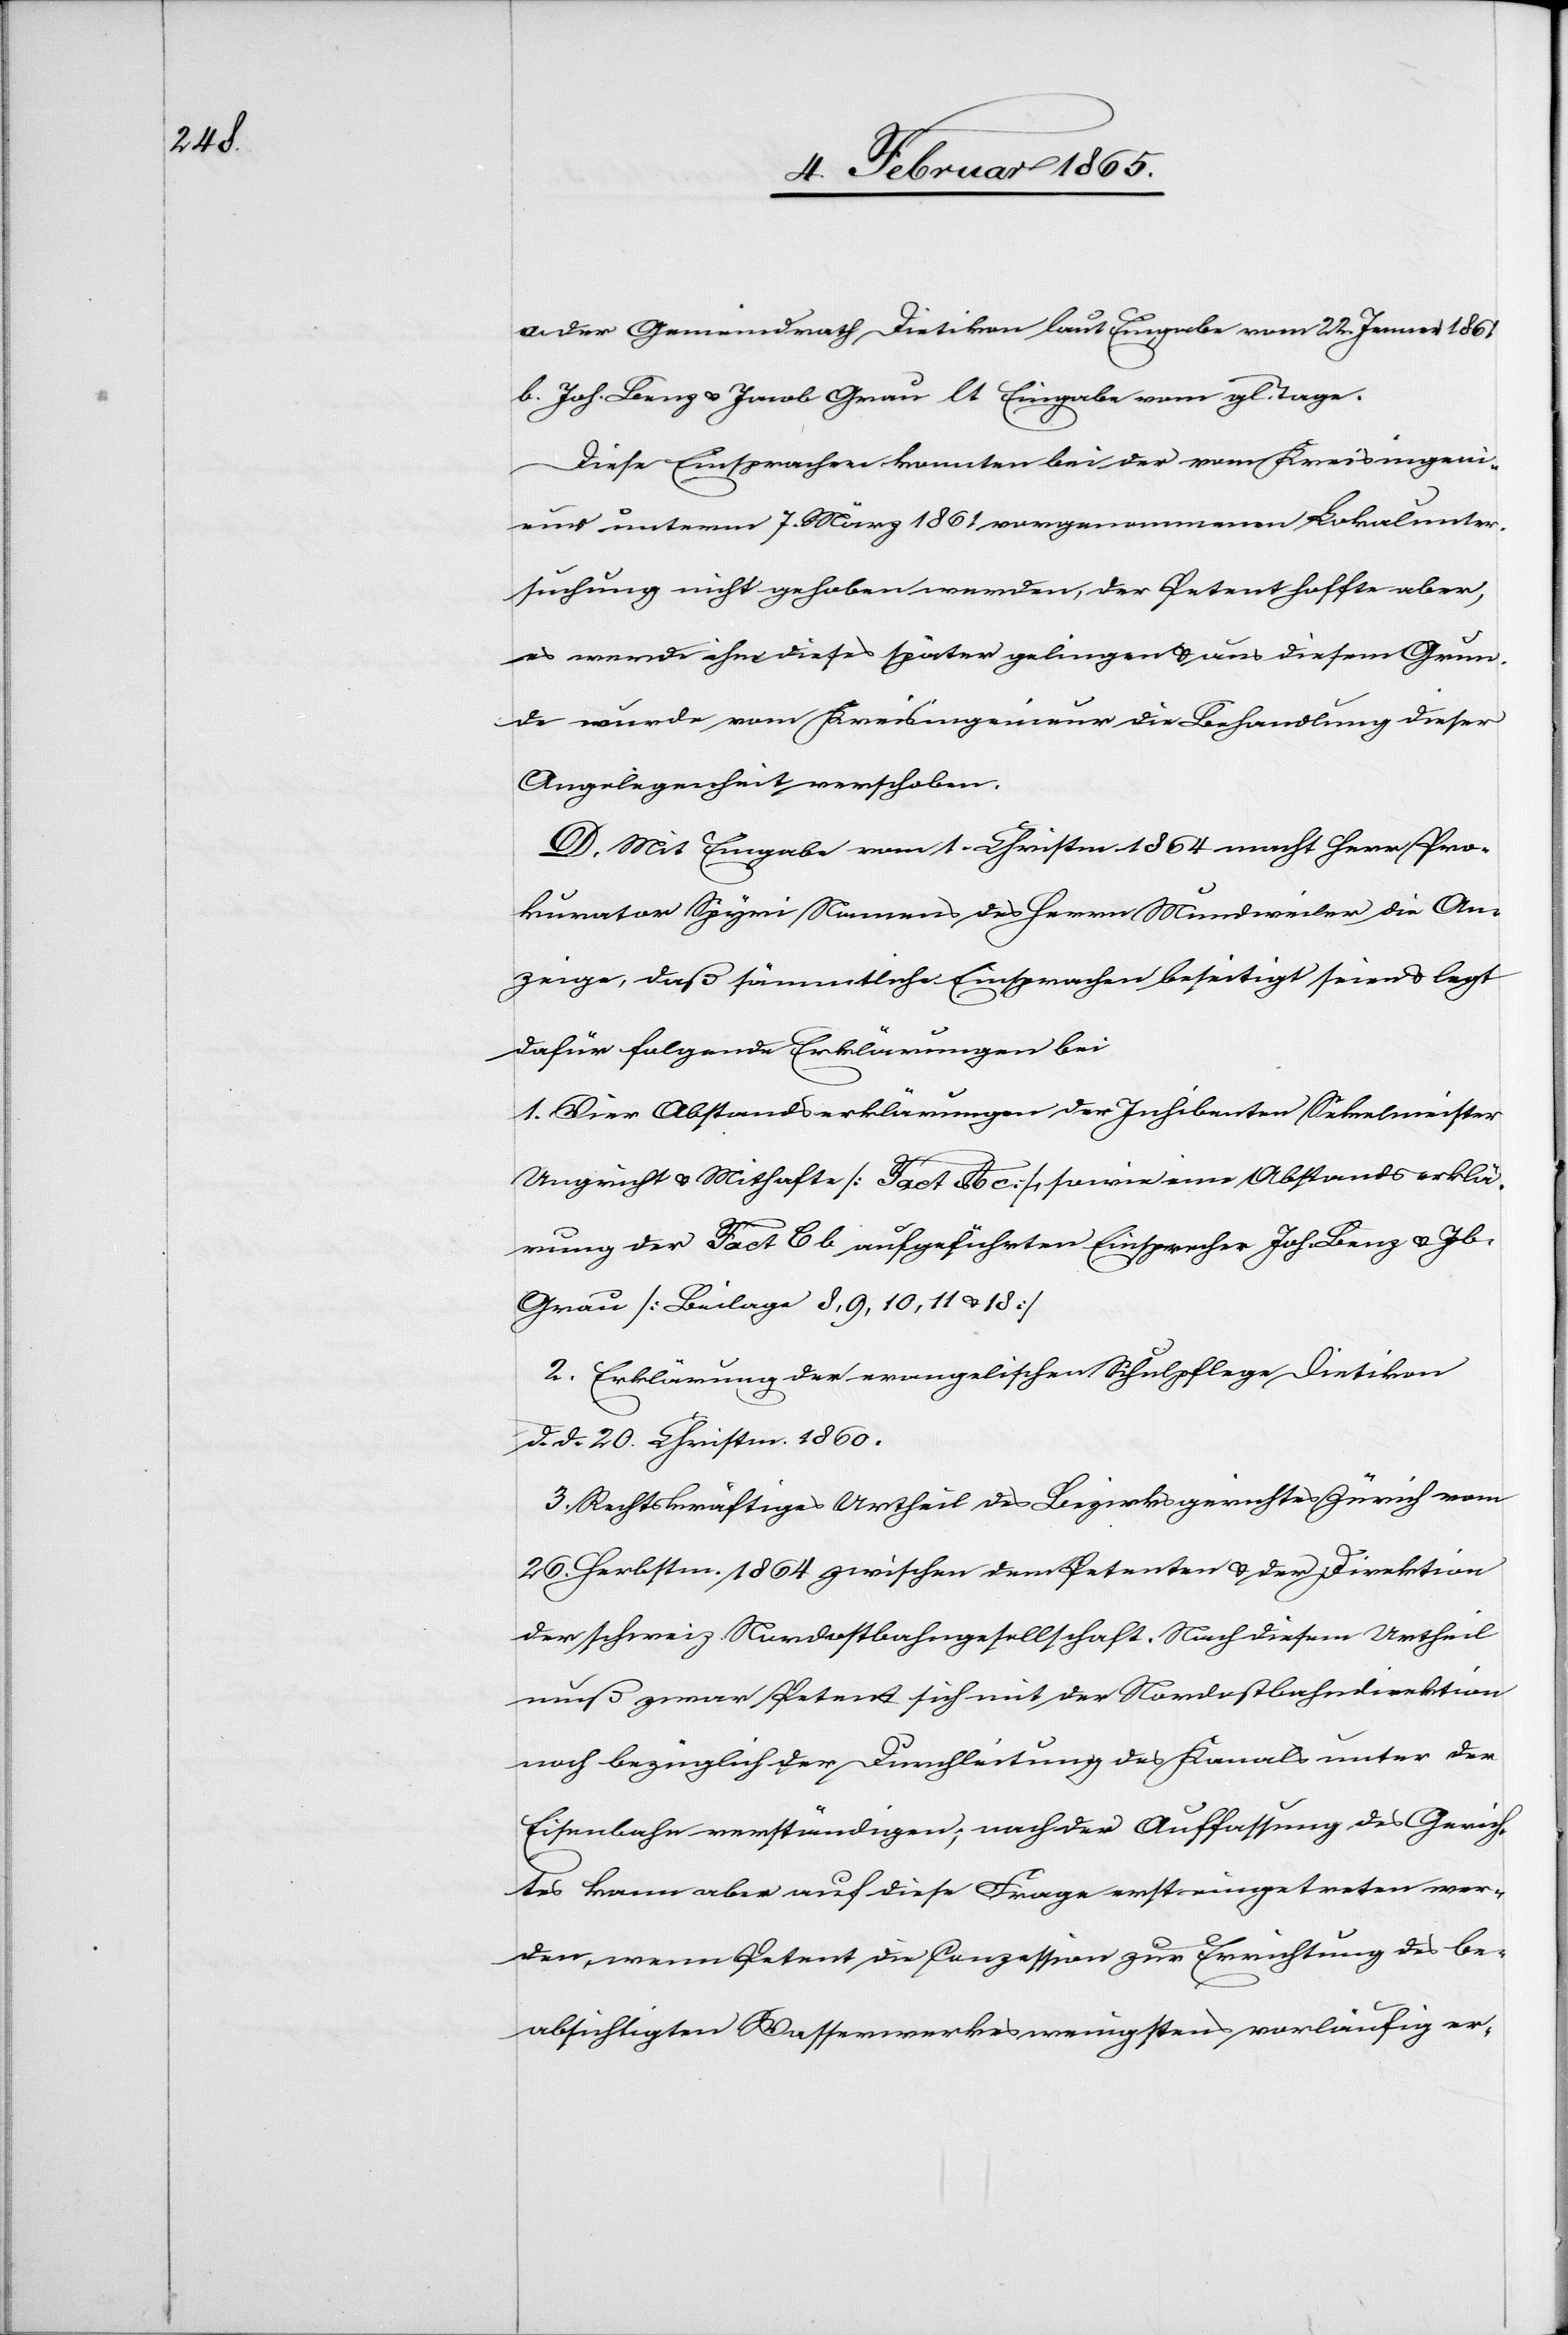
a. der Gemeindrath Dietikon laut Eingabe vom 22. Jenner 1861
b. Joh. Benz u. Jacob Grau lt Eingabe vom gl. Tage.
Diese Einsprachen konnten bei der vom Kreisingeni¬
eur unterm 7. März 1861 vorgenommenen Lokalunter¬
suchung nicht gehoben werden, der Petent hoffte aber,
es werde ihm dieses später gelingen u. aus diesem Grun¬
de wurde vom Kreisingenieur die Behandlung dieser
Angelegenheit verschoben.
D. Mit Eingabe vom 1. Christm. 1864 macht Herr Pro¬
kurator Spyri Namens des Herrn Mundweiler die An¬
zeige, daß sämmtliche Einsprachen beseitigt seien u. legt
dafür folgende Erklärungen bei
1. Vier Abstandeserklärungen der Inhibenten Sekelmeister
Ungricht u. Mithafte [Fact A c], sowie eine Abstandserklä¬
rung der Fact C b aufgeführten Einsprecher Joh. Benz u. Jb
Grau [Beilage 8, 9, 10, 11 u. 18]
2. Erklärung der evangelischen Schulpflege Dietikon
d. d. 20. Christm. 1860.
3. Rechtskräftiges Urtheil des Bezirksgerichtes Zürich vom
26. Herbstm. 1864 zwischen dem Petenten u. der Direktion
der schweiz. Nordostbahngesellschaft. Nach diesem Urtheil
muß zwar Petent sich mit der Nordostbahndirektion
noch bezüglich der Durchleitung des Kanals unter der
Eisenbahn verständigen; nach der Auffassung des Gerich¬
tes kann aber auf diese Frage erst eingetreten wer¬
den, wenn Petent die Conzession zur Errichtung des be¬
absichtigen Wasserwerkes wenigstens vorläufig er-